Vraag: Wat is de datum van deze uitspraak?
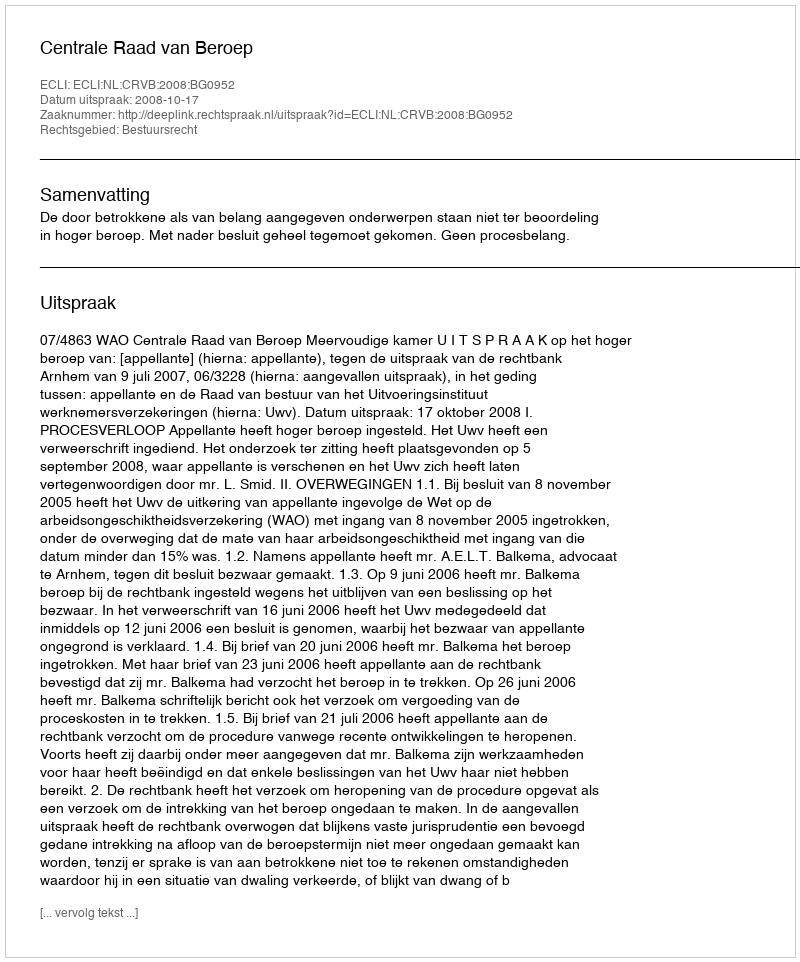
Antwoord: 2008-10-17